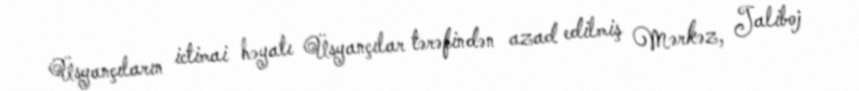
Üsyançıların ictimai həyatı Üsyançılar tərəfindən azad edilmiş Mərkəz, Jaliboj